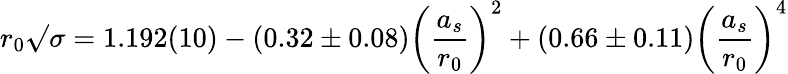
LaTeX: r_{0}\surd\sigma=1.192(10)-(0.32\pm 0.08)\biggl({\frac{a_{s}}{r_{0}}}\biggr)^{2}+(0.66\pm 0.11)\biggl({\frac{a_{s}}{r_{0}}}\biggr)^{4}